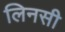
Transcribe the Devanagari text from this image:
लिनसी